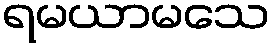
ရမယာမသေ